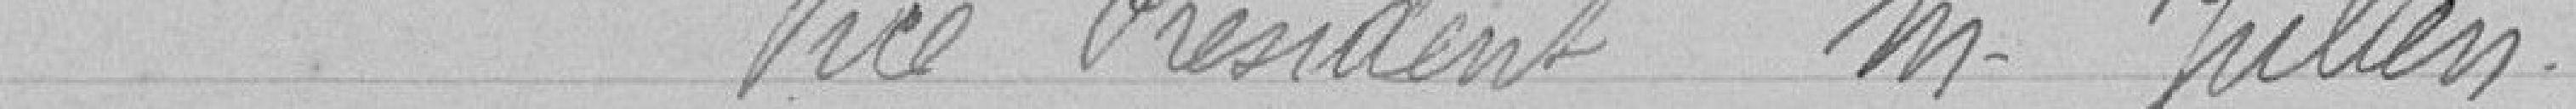
Hôpital Civil   Vice Président Monsieur JULIEN